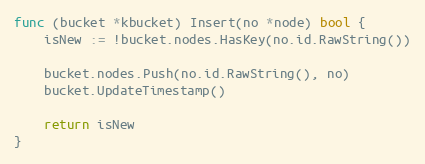
Language: Go
func (bucket *kbucket) Insert(no *node) bool {
	isNew := !bucket.nodes.HasKey(no.id.RawString())

	bucket.nodes.Push(no.id.RawString(), no)
	bucket.UpdateTimestamp()

	return isNew
}